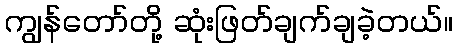
ကျွန်တော်တို့ ဆုံးဖြတ်ချက်ချခဲ့တယ်။